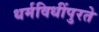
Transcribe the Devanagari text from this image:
धर्मविधींपुरते